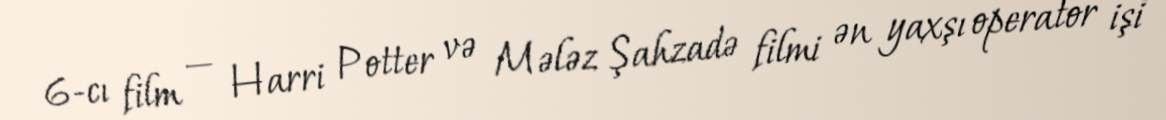
6-cı film — Harri Potter və Mələz Şahzadə filmi ən yaxşı operator işi